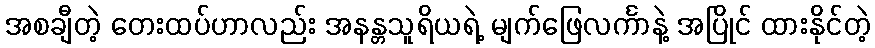
အစချီတဲ့ တေးထပ်ဟာလည်း အနန္တသူရိယရဲ့ မျက်ဖြေလင်္ကာနဲ့ အပြိုင် ထားနိုင်တဲ့